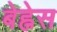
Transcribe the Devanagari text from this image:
बेह्नेस